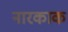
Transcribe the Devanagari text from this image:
नारकाक